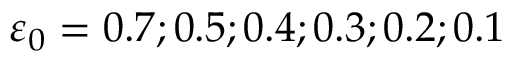
\varepsilon _ { 0 } = 0 . 7 ; 0 . 5 ; 0 . 4 ; 0 . 3 ; 0 . 2 ; 0 . 1